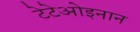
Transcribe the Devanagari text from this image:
टेटेओइनान